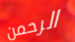
الرحمن